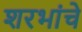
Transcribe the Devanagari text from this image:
शरभांचे